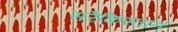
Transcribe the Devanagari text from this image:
सरैकिस्तान